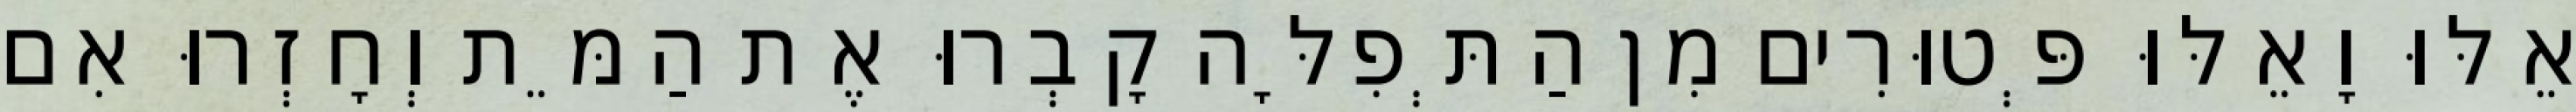
אֵלּוּ וָאֵלּוּ פְּטוּרִים מִן הַתְּפִלָּה קָבְרוּ אֶת הַמֵּת וְחָזְרוּ אִם